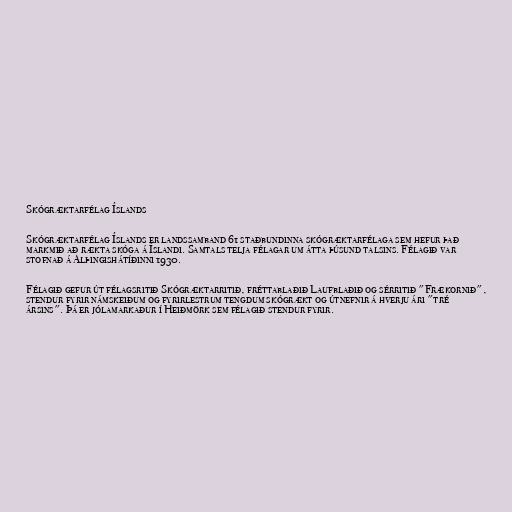
Skógræktarfélag Íslands

Skógræktarfélag Íslands er landssamband 61 staðbundinna skógræktarfélaga sem hefur það
markmið að rækta skóga á Íslandi. Samtals telja félagar um átta þúsund talsins. Félagið var
stofnað á Alþingishátíðinni 1930.

Félagið gefur út félagsritið Skógræktarritið, fréttablaðið Laufblaðið og sérritið "Frækornið",
stendur fyrir námskeiðum og fyrirlestrum tengdum skógrækt og útnefnir á hverju ári "tré
ársins". Þá er jólamarkaður í Heiðmörk sem félagið stendur fyrir.